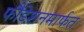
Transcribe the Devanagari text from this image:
फौंडेशनमार्फत